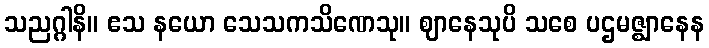
သညဂ္ဂါနိ။ ဧသ နယော သေသကသိဏေသု။ ဈာနေသုပိ သစေ ပဌမဇ္ဈာနေန